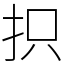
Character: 抧